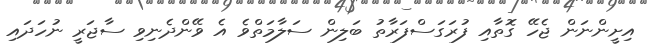
އިށީންނަން ޖެހޭ ގޮތާއި ފުރަގަސްފަރާތު ބަލިން ސަލާމަތްވެ އެ ވޭންދެނިވި ސާޖަރީ ނުހަދައި